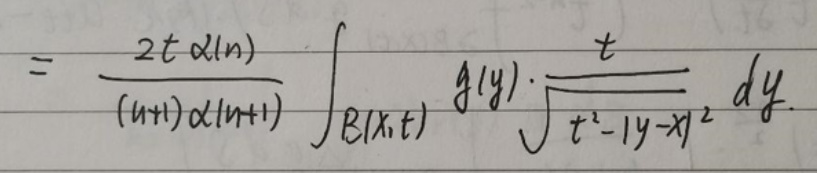
\[
= \frac{2t\alpha(n)}{(n + 1)\alpha(n+1)} \int_{B(x,t)} g(y) \cdot \frac{t}{\sqrt{t^{2}-\vert y - x\vert^{2}}} \, dy
\]